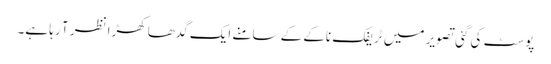
پوسٹ کی گئی تصویر میں ٹریفک ناکے کے سامنے ایک گدھا کھڑا نظر آ رہا ہے۔